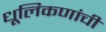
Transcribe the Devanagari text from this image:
धूलिकणांची